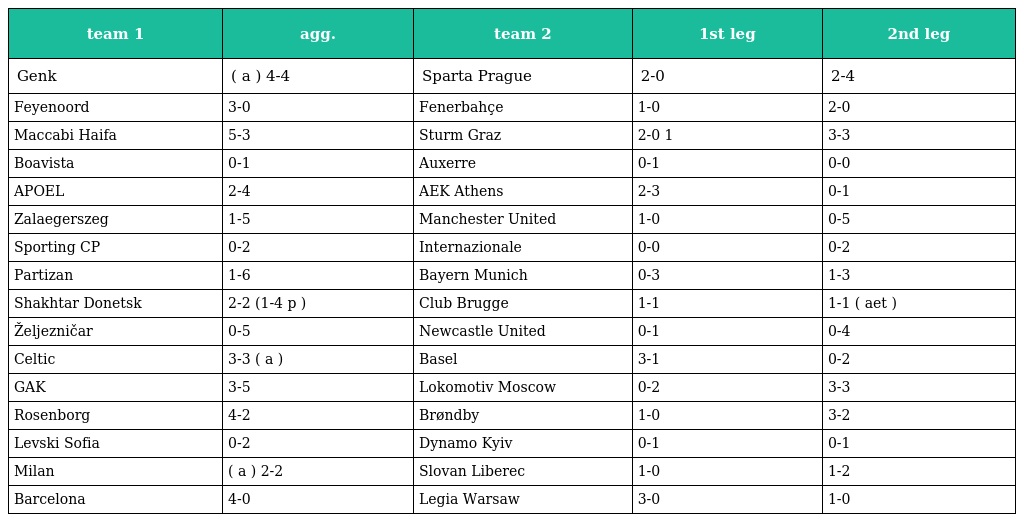
| team 1 | agg. | team 2 | 1st leg | 2nd leg |
 | --- | --- | --- | --- | --- |
 | Genk | ( a ) 4-4 | Sparta Prague | 2-0 | 2-4 |
 | Feyenoord | 3-0 | Fenerbahçe | 1-0 | 2-0 |
 | Maccabi Haifa | 5-3 | Sturm Graz | 2-0 1 | 3-3 |
 | Boavista | 0-1 | Auxerre | 0-1 | 0-0 |
 | APOEL | 2-4 | AEK Athens | 2-3 | 0-1 |
 | Zalaegerszeg | 1-5 | Manchester United | 1-0 | 0-5 |
 | Sporting CP | 0-2 | Internazionale | 0-0 | 0-2 |
 | Partizan | 1-6 | Bayern Munich | 0-3 | 1-3 |
 | Shakhtar Donetsk | 2-2 (1-4 p ) | Club Brugge | 1-1 | 1-1 ( aet ) |
 | Željezničar | 0-5 | Newcastle United | 0-1 | 0-4 |
 | Celtic | 3-3 ( a ) | Basel | 3-1 | 0-2 |
 | GAK | 3-5 | Lokomotiv Moscow | 0-2 | 3-3 |
 | Rosenborg | 4-2 | Brøndby | 1-0 | 3-2 |
 | Levski Sofia | 0-2 | Dynamo Kyiv | 0-1 | 0-1 |
 | Milan | ( a ) 2-2 | Slovan Liberec | 1-0 | 1-2 |
 | Barcelona | 4-0 | Legia Warsaw | 3-0 | 1-0 |